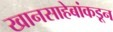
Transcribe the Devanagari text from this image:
खानसाहेबांकडून